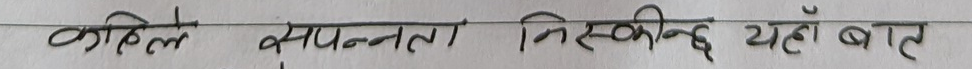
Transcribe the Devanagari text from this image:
कहिले सम्पन्नता निस्किन्छ यहाँ बाट